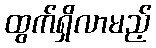
ထွက်ရှိလာမည့်